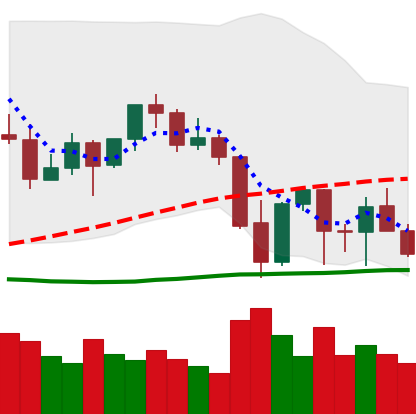
Ticker: ETH-USD
Chart end date: 2021-09-28
Forward return: 21.767%
Label: up_7plus